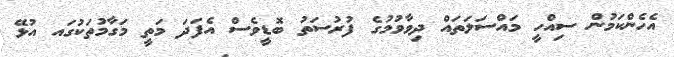
އެހެންކަމުން ސިއްހީ މައްސަލަތައް ދިވާވުމުގެ ފުރުސަތު ބޮޑީވެސް އެފަދަ މަތީ މަގާމުތަކުގައ އުޅޭ